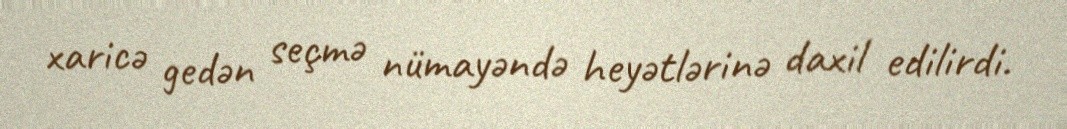
xaricə gedən seçmə nümayəndə heyətlərinə daxil edilirdi.